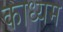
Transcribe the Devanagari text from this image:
काध्यम